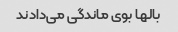
بالها بوی ماندگی می‌دادند